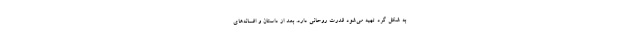
به شکل گرد تهیه می‌شود قدرت روحانی دارد. بعد از داستان و افسانه‌های